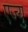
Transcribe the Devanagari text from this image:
एज्‍यु